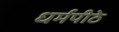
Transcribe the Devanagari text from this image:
धर्मपीठे